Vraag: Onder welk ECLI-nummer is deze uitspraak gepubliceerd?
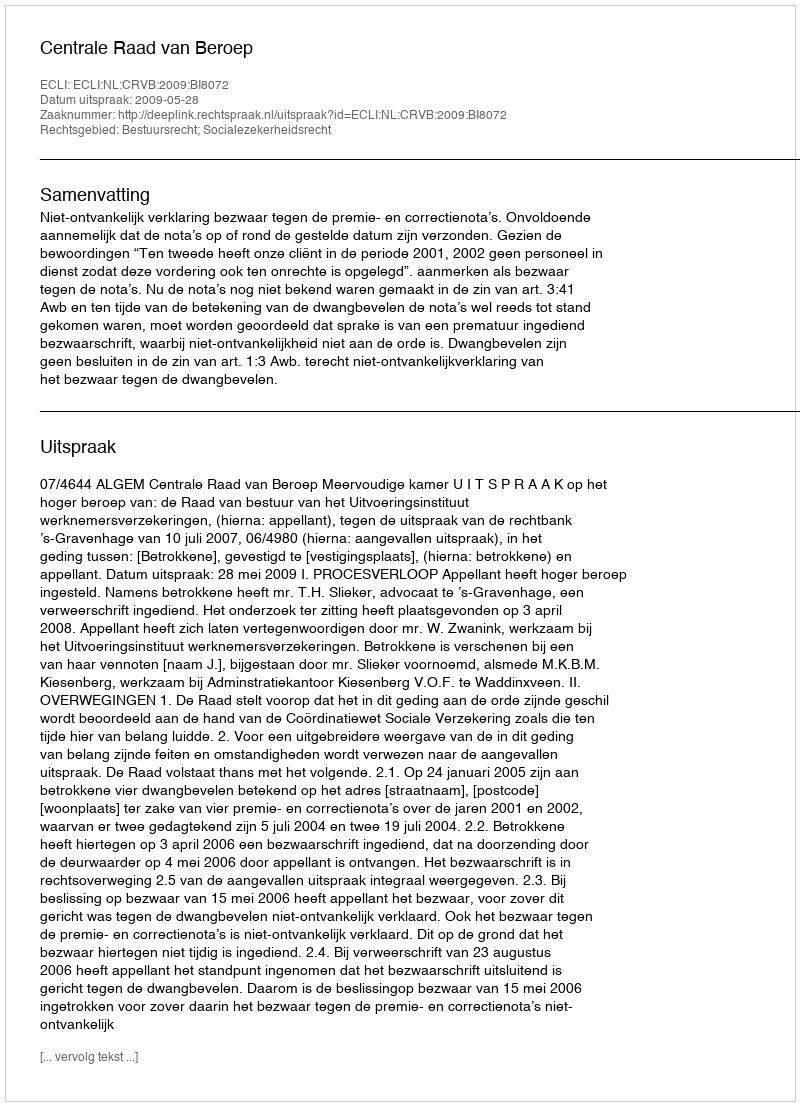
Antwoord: ECLI:NL:CRVB:2009:BI8072